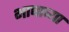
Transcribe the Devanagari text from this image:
भाषाच्या